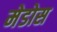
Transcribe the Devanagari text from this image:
मेडोस